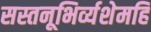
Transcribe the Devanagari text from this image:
सस्तनूभिर्व्यशेमहि